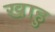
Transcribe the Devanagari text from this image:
खाहु